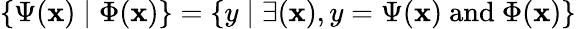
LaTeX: \{ \Psi(\mathbf{x})\mid\Phi(\mathbf{x})\} =\{ y\mid\exists(\mathbf{x}),y=\Psi(\mathbf{x}){\mathrm{{~and~}}}\Phi(\mathbf{x})\}